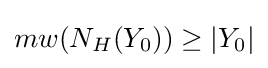
mw(N_{H}(Y_{0}))\geq |Y_{0}|